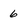
Character: 6